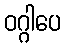
ဝဂ္ဂါပေ